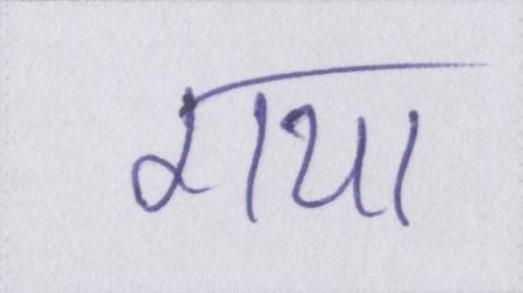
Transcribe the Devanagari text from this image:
गया